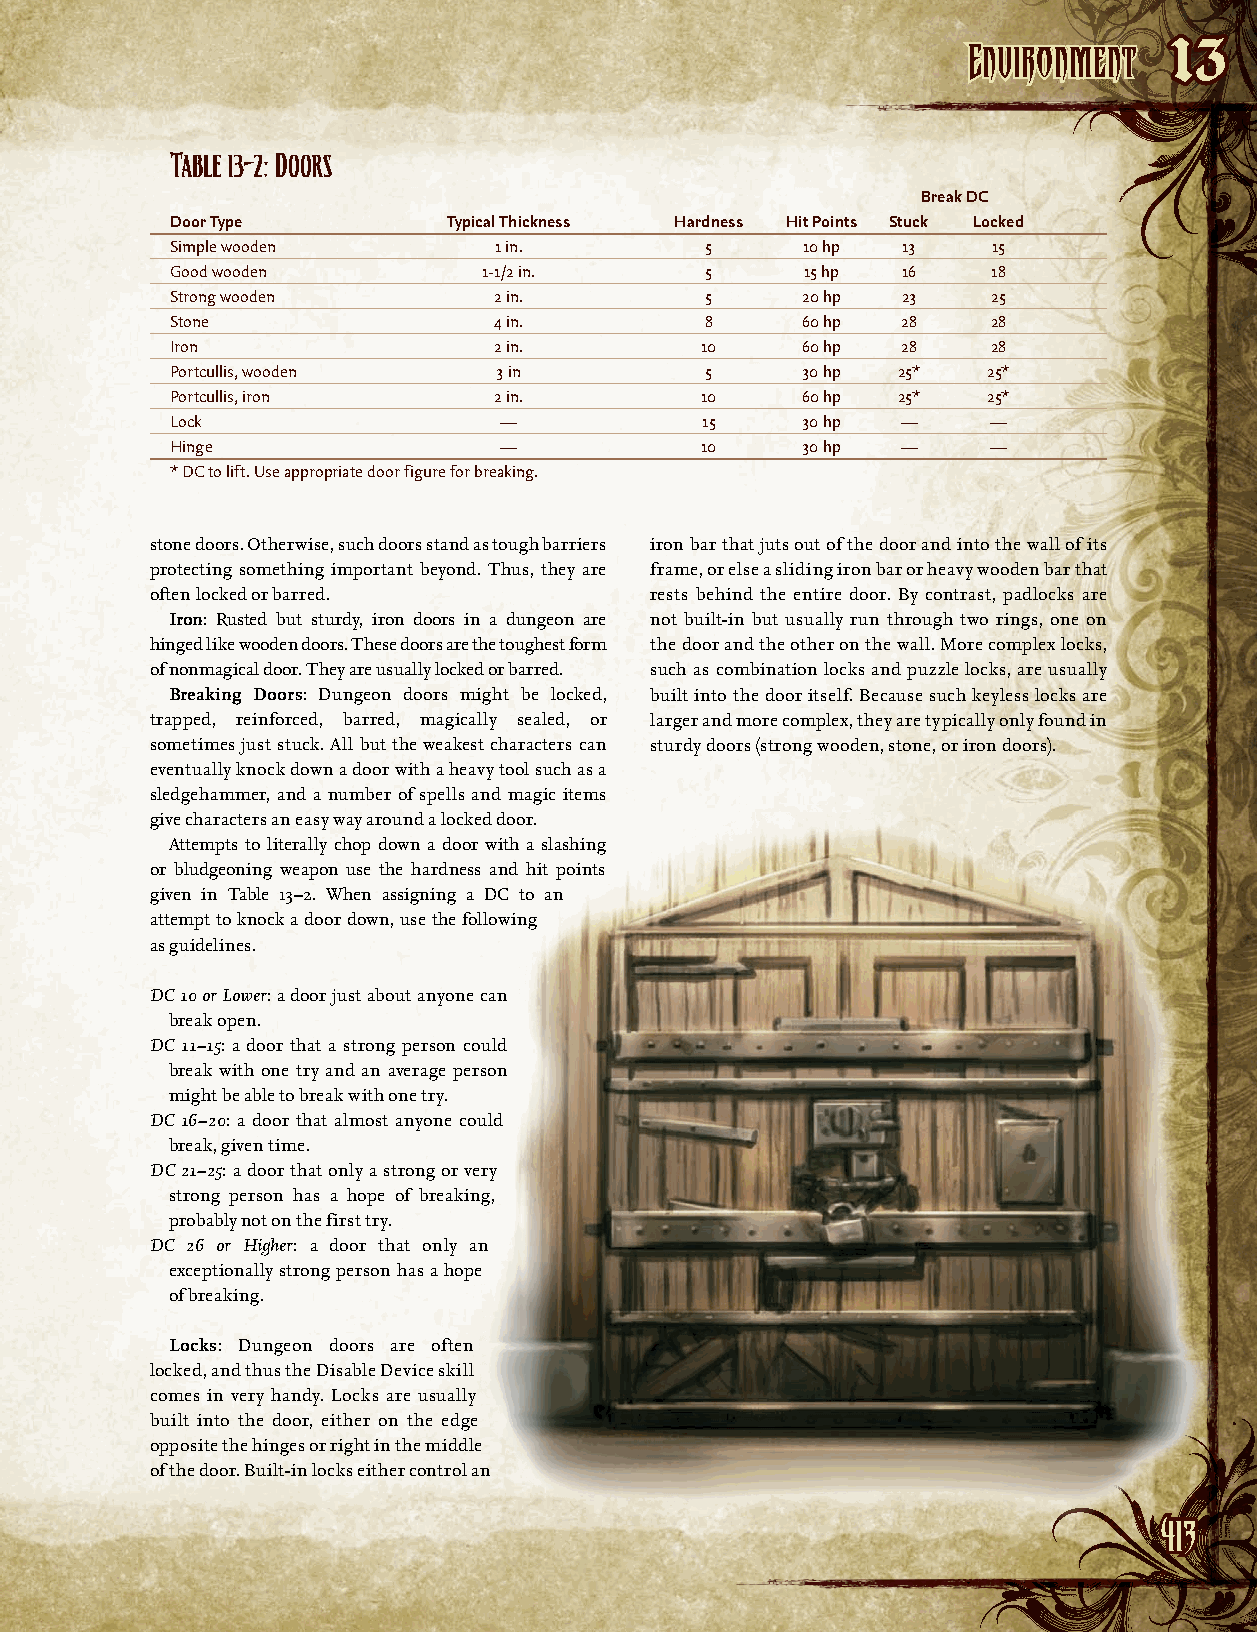
EEnnvviirroonnmmeenntt
 13
 Table 13–2: Doors
 Break DC
 Door Type          Typical Thickness Hardness Hit Points Stuck Locked
 Simple wooden         1 in.         5     10 hp  13    15
 Good wooden          1-1/2 in.      5     15 hp  16    18
 Strong wooden         2 in.         5     20 hp  23    25
 Stone                 4 in.         8     60 hp  28    28
 Iron                  2 in.        10     60 hp  28    28
 Portcullis, wooden    3 in          5     30 hp 25*   25*
 Portcullis, iron      2 in.        10     60 hp 25*   25*
 Lock                  —            15     30 hp  —     —
 Hinge                 —            10     30 hp  —     —
 * DC to lift. Use appropriate door figure for breaking.
 stone doors. Otherwise, such doors stand as tough barriers iron bar that juts out of the door and into the wall of its
 protecting something important beyond. Thus, they are frame, or else a sliding iron bar or heavy wooden bar that
 often locked or barred.          rests behind the entire door. By contrast, padlocks are
 Iron: Rusted but sturdy, iron doors in a dungeon are not built-in but usually run through two rings, one on
 hinged like wooden doors. These doors are the toughest form the door and the other on the wall. More complex locks,
 of nonmagical door. They are usually locked or barred. such as combination locks and puzzle locks, are usually
 Breaking Doors: Dungeon doors might be locked, built into the door itself. Because such keyless locks are
 trapped, reinforced, barred, magically sealed, or larger and more complex, they are typically only found in
 sometimes just stuck. All but the weakest characters can sturdy doors (strong wooden, stone, or iron doors).
 eventually knock down a door with a heavy tool such as a
 sledgehammer, and a number of spells and magic items
 give characters an easy way around a locked door.
 Attempts to literally chop down a door with a slashing
 or bludgeoning weapon use the hardness and hit points
 given in Table 13–2. When assigning a DC to an
 attempt to knock a door down, use the following
 as guidelines.
 DC 10 or Lower: a door just about anyone can
 break open.
 DC 11–15: a door that a strong person could
 break with one try and an average person
 might be able to break with one try.
 DC 16–20: a door that almost anyone could
 break, given time.
 DC 21–25: a door that only a strong or very
 strong person has a hope of breaking,
 probably not on the first try.
 DC 26 or Higher: a door that only an
 exceptionally strong person has a hope
 of breaking.
 Locks: Dungeon doors are often
 locked, and thus the Disable Device skill
 comes in very handy. Locks are u sually
 built into the door, either on the edge
 opposite the hinges or right in the middle
 of the door. Built-in locks either control an
 441133